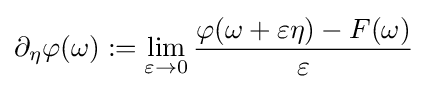
\partial _{\eta }\varphi (\omega ):=\lim _{\varepsilon \rightarrow 0}{\frac {\varphi (\omega +\varepsilon \eta )-F(\omega )}{\varepsilon }}